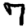
Digit: 7